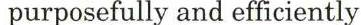
 purposefully and efficiently